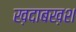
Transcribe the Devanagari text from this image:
ख़दाबख़श